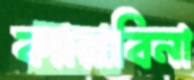
ক্যারাবিনা